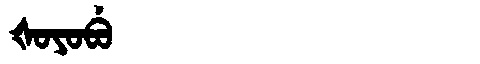
Manchu: ᡧᠣᠶᠣᠪᡠ
Romanization: ŠOYOBU